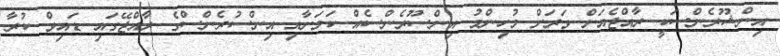
އިންޝޫރެންސަކީ ރާއްޖެއަށް ވަރަށް މުހިންމު އިންސޫރެންސެއް ކަމަށާއި އިންސުރެންސްގެ ރާއްޖޭގައި ޑައިވް ކުރާ